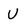
Character: U